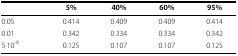
<table><thead><tr><td></td><td><b>5%</b></td><td><b>40%</b></td><td><b>60%</b></td><td><b>95%</b></td></tr></thead><tbody><tr><td>0.05</td><td>0.414</td><td>0.409</td><td>0.409</td><td>0.414</td></tr><tr><td>0.01</td><td>0.342</td><td>0.334</td><td>0.334</td><td>0.342</td></tr><tr><td>5·10<sup>-8</sup></td><td>0.125</td><td>0.107</td><td>0.107</td><td>0.125</td></tr></tbody></table>